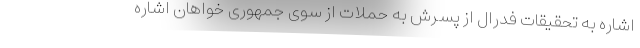
اشاره به تحقیقات فدرال از پسرش به حملات از سوی جمهوری خواهان اشاره